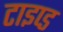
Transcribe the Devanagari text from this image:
टाइप्ड